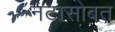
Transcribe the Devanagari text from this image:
नटासोबत